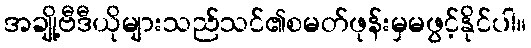
အချို့ဗီဒီယိုများသည်သင်၏စမတ်ဖုန်းမှမဖွင့်နိုင်ပါ။